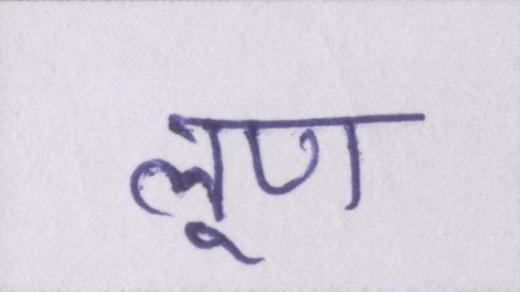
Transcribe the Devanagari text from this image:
लूण